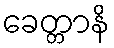
ခေတ္တာနိ